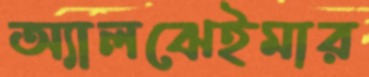
অ্যালঝেইমার